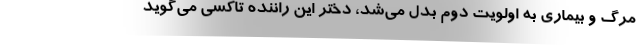
مرگ و بيماري به اولويت دوم بدل مي‌شد، دختر اين راننده تاكسي مي‌گويد